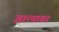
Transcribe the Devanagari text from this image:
झाल्‍यावर